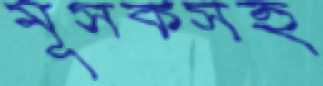
মূসকসহ